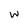
Character: W